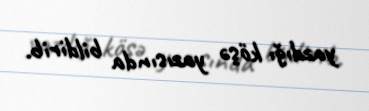
yazdığı köşə yazısında bildirib.